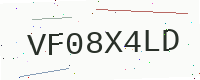
Text: VF08X4LD